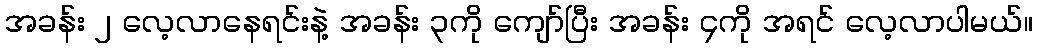
အခန်း ၂ လေ့လာနေရင်းနဲ့ အခန်း ၃ကို ကျော်ပြီး အခန်း ၄ကို အရင် လေ့လာပါမယ်။